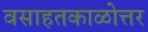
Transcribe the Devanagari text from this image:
वसाहतकाळोत्तर